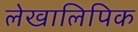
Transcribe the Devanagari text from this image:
लेखालिपिक